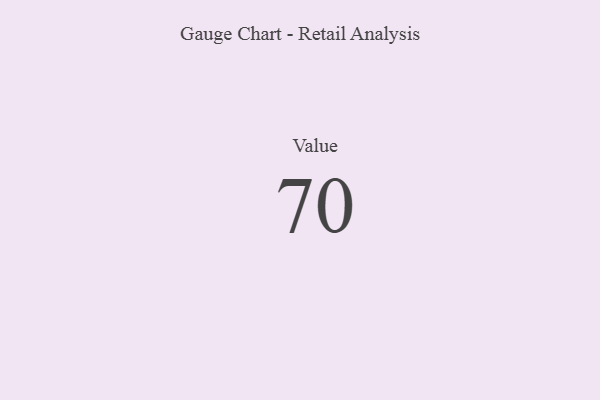
{"axis": {"x": "Metric", "y": "Value"}, "legend": [""], "data": [{"x": "Value", "y": 70, "type": ""}]}